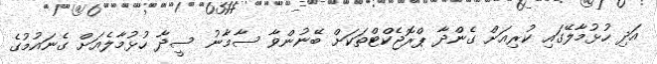
އަދި ހުޅުމާލޭގައި ކުރިއަށް ގެންދާ ޕްރޮޖެކްޓްތަކަށް ބޭނުންވާ ސާމާނު ސީދާ ހުޅުމާލެއަށް ގެނައުމުގެ